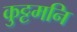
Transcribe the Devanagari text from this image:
कुट्टमनि